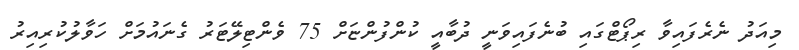
މިއަދު ނެެރެފައިވާ ރިޕޯޓްގައި ބުނެފައިވަނީ ދުބާއީ ކުންފުންޏަށް 75 ވެންޓިލޭޓަރު ގެނައުމަށް ހަވާލުކުރިއިރު